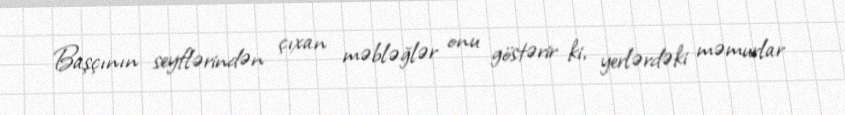
Başçının seyflərindən çıxan məbləğlər onu göstərir ki, yerlərdəki məmurlar